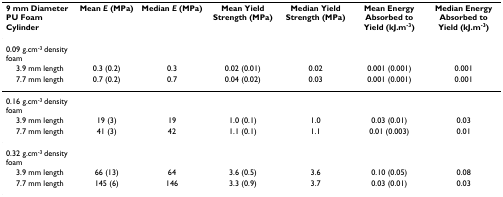
<table><thead><tr><td><b>9 mm Diameter PU Foam Cylinder</b></td><td><b>Mean <i>E </i>(MPa)</b></td><td><b>Median <i>E </i>(MPa)</b></td><td><b>Mean Yield Strength (MPa)</b></td><td><b>Median Yield Strength (MPa)</b></td><td><b>Mean Energy Absorbed to Yield (kJ.m<sup>-3</sup>)</b></td><td><b>Median Energy Absorbed to Yield (kJ.m<sup>-3</sup>)</b></td></tr></thead><tbody><tr><td>0.09 g.cm<sup>-3 </sup>density foam</td><td></td><td></td><td></td><td></td><td></td><td></td></tr><tr><td> 3.9 mm length</td><td>0.3 (0.2)</td><td>0.3</td><td>0.02 (0.01)</td><td>0.02</td><td>0.001 (0.001)</td><td>0.001</td></tr><tr><td> 7.7 mm length</td><td>0.7 (0.2)</td><td>0.7</td><td>0.04 (0.02)</td><td>0.03</td><td>0.001 (0.001)</td><td>0.001</td></tr><tr><td>0.16 g.cm<sup>-3 </sup>density foam</td><td></td><td></td><td></td><td></td><td></td><td></td></tr><tr><td> 3.9 mm length</td><td>19 (3)</td><td>19</td><td>1.0 (0.1)</td><td>1.0</td><td>0.03 (0.01)</td><td>0.03</td></tr><tr><td> 7.7 mm length</td><td>41 (3)</td><td>42</td><td>1.1 (0.1)</td><td>1.1</td><td>0.01 (0.003)</td><td>0.01</td></tr><tr><td>0.32 g.cm<sup>-3 </sup>density foam</td><td></td><td></td><td></td><td></td><td></td><td></td></tr><tr><td> 3.9 mm length</td><td>66 (13)</td><td>64</td><td>3.6 (0.5)</td><td>3.6</td><td>0.10 (0.05)</td><td>0.08</td></tr><tr><td> 7.7 mm length</td><td>145 (6)</td><td>146</td><td>3.3 (0.9)</td><td>3.7</td><td>0.03 (0.01)</td><td>0.03</td></tr></tbody></table>